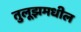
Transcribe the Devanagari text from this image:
तुलूझमधील